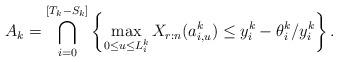
LaTeX: \begin{align*}A_k=\bigcap_{i=0}^{[T_k-S_k]}\left\{\max_{0\le u \le L_i^k} X_{r:n}(a_{i,u}^k)\le y_i^k-\theta_i^k/y_i^k\right\}.\end{align*}